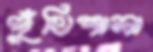
পুঁথিশালা